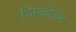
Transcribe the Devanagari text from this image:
जिन्होंडने